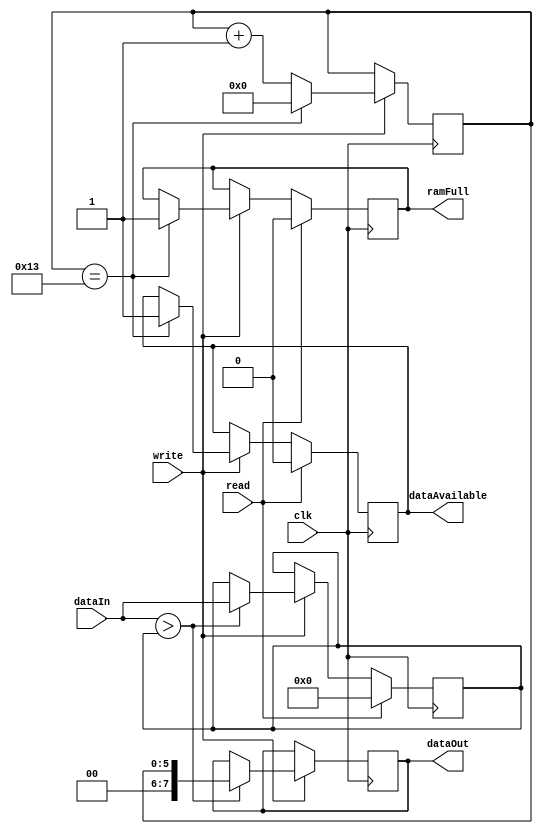
module output_arbiter #(

parameter SIZE = 10,
parameter LOOP = 2,
parameter DEPTH = 5

)(

input clk,
input read,
input write,
input [7:0] dataIn,
output wire [7:0] dataOut,
output reg ramFull,
output reg dataAvailable

);

reg [7:0] nodeNum = 0;
reg [7:0] largestVal = 0;
reg [$clog2(SIZE*LOOP - 1'b1):0] outputCnt = 0;

assign dataOut = nodeNum;

always@(posedge clk) begin
			
	if (write) begin
	
		outputCnt <= outputCnt + 1'b1;
		
		if(outputCnt == SIZE*LOOP - 1'b1) begin
			outputCnt <= 0;
			dataAvailable <= 1;
			ramFull <= 1;
		end
		
		if(dataIn > largestVal) begin
			nodeNum <= outputCnt;
			largestVal <= dataIn;
		end
			
	end
	
	if(read) begin
		dataAvailable <= 0;
		ramFull <= 0;	
		largestVal <= 0;
	end
	
end

endmodule